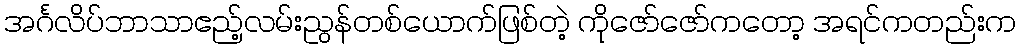
အင်္ဂလိပ်ဘာသာဧည့်လမ်းညွန်တစ်ယောက်ဖြစ်တဲ့ ကိုဇော်ဇော်ကတော့ အရင်ကတည်းက